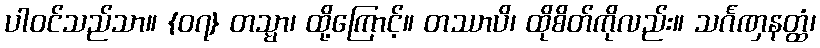
ပါဝင်သည်သာ။ {၀၇} တသ္မာ၊ ထို့ကြောင့်။ တဿာပိ၊ ထိုစိတ်ကိုလည်း။ သင်္ဂဏှနတ္ထံ၊